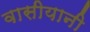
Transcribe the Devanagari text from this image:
वासीयानी